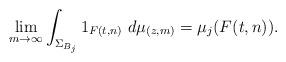
LaTeX: \begin{align*} \lim_{m\to\infty} \int_{\Sigma_{B_j}} 1_{F(t,n)} \ d\mu_{(z,m)} = \mu_j(F(t,n)).\end{align*}